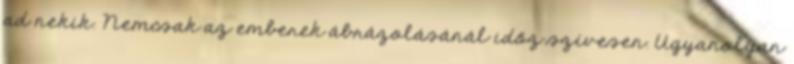
ad nekik. Nemcsak az emberek ábrázolásánál időz szívesen. Ugyanolyan